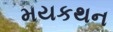
મયકથન